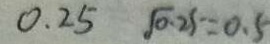
0 . 2 5 \sqrt { 0 . 2 5 } = 0 . 5